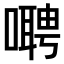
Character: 𫫺